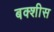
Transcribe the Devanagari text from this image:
बक्शीस